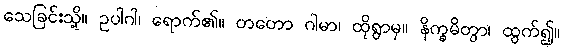
သေခြင်းသို့။ ဥပါဂါ၊ ရောက်၏။ တတော ဂါမာ၊ ထိုရွာမှ။ နိက္ခမိတွာ၊ ထွက်၍။